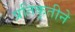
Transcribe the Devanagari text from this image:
प्रतिकृतीने